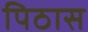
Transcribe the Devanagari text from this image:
पिठास